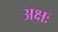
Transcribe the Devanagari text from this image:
अक्षः